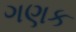
ગણક